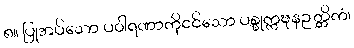
၈။ ပြုအပ်သော ပဝါရဏာကိုငင်သော ပစ္စုက္ကဍ္ဎနဉတ္တိကံ၊